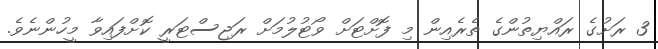
3 ރަށުގެ ރައްޔިތުންގެ ތެރެއިން މި ފޮށްޓަށް ވޯޓުލުމަށް ރަޖިސްޓަރީ ކޮށްފައިވާ މީހުންނެވެ.